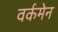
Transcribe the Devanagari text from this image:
वर्कमेन